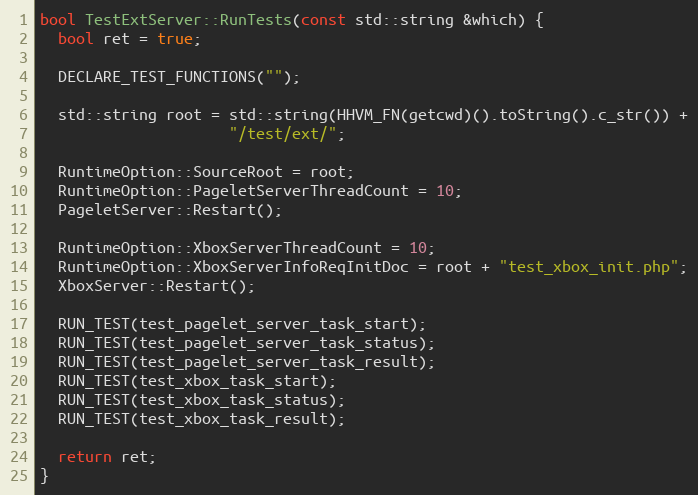
Language: C++
bool TestExtServer::RunTests(const std::string &which) {
  bool ret = true;

  DECLARE_TEST_FUNCTIONS("");

  std::string root = std::string(HHVM_FN(getcwd)().toString().c_str()) +
                     "/test/ext/";

  RuntimeOption::SourceRoot = root;
  RuntimeOption::PageletServerThreadCount = 10;
  PageletServer::Restart();

  RuntimeOption::XboxServerThreadCount = 10;
  RuntimeOption::XboxServerInfoReqInitDoc = root + "test_xbox_init.php";
  XboxServer::Restart();

  RUN_TEST(test_pagelet_server_task_start);
  RUN_TEST(test_pagelet_server_task_status);
  RUN_TEST(test_pagelet_server_task_result);
  RUN_TEST(test_xbox_task_start);
  RUN_TEST(test_xbox_task_status);
  RUN_TEST(test_xbox_task_result);

  return ret;
}